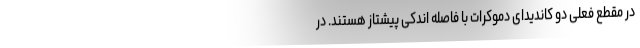
در مقطع فعلی دو کاندیدای دموکرات با فاصله اندکی پیشتاز هستند. در